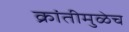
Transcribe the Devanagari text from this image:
क्रांतीमुळेच